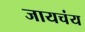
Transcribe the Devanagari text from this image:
जायचंय